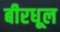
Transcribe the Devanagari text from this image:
बीरधूल